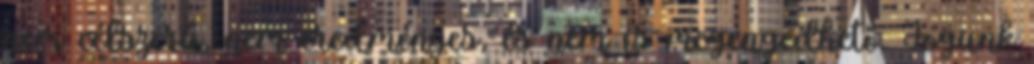
nem célszerű, nem eredményes, és nem is megengedhető. Jogunk